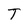
Character: T